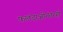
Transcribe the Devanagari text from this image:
फलंदाजीनंतरही